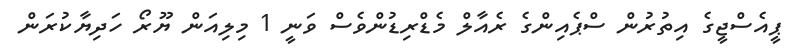
ޕީއެސްޖީގެ އިތުރުން ސްޕެއިންގެ ރެއާލް މެޑްރިޑުންވެސް ވަނީ 1 މިލިއަން ޔޫރޯ ހަދިޔާކުރަން